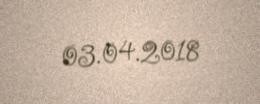
03.04.2018